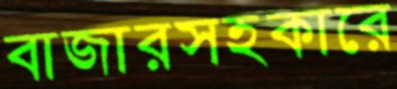
বাজারসহকারে